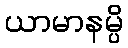
ယာမာနမ္ပိ